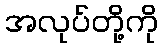
အလုပ်တို့ကို